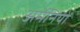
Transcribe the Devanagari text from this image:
अर्मेनियों